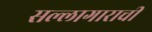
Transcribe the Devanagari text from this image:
सल्लागाराची